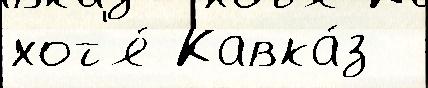
хот'я́ Кавка́з